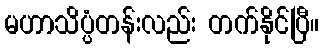
မဟာသိပ္ပံတန်းလည်း တက်နိုင်ပြီ။